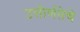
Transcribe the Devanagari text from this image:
उत्तीर्णतेचे